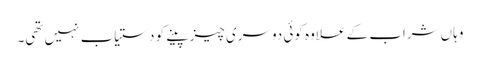
وہاں شراب کے علاوہ کوئی دوسری چیز پینے کو دستیاب نہیں تھی۔